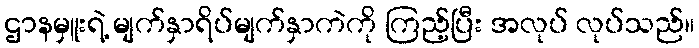
ဌာနမှူးရဲ့ မျက်နှာရိပ်မျက်နှာကဲကို ကြည့်ပြီး အလုပ် လုပ်သည်။